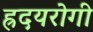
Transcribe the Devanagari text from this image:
ह्रदयरोगी